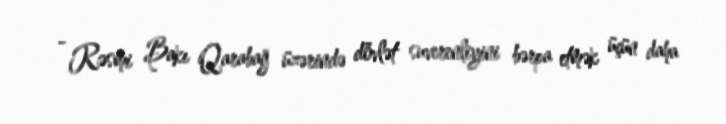
- Rəsmi Bakı Qarabağ üzərində dövlət suverenliyini bərpa etmək üçün daha